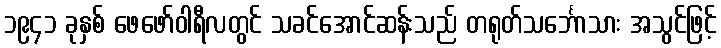
၁၉၄၁ ခုနှစ် ဖေဖော်ဝါရီလတွင် သခင်အောင်ဆန်းသည် တရုတ်သင်္ဘောသား အသွင်ဖြင့်